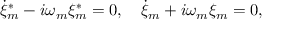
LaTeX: \dot { \xi } _ { m } ^ { \ast } - i \omega _ { m } \xi _ { m } ^ { \ast } = 0 , \quad \dot { \xi } _ { m } + i \omega _ { m } \xi _ { m } = 0 ,